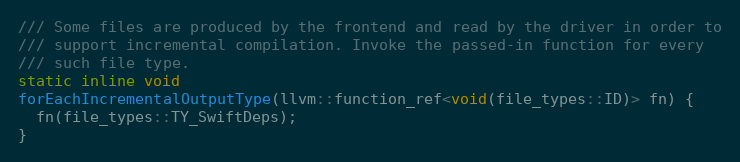
Language: C
/// Some files are produced by the frontend and read by the driver in order to
/// support incremental compilation. Invoke the passed-in function for every
/// such file type.
static inline void
forEachIncrementalOutputType(llvm::function_ref<void(file_types::ID)> fn) {
  fn(file_types::TY_SwiftDeps);
}